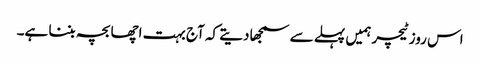
اس روز ٹیچر ہمیں پہلے سے سمجھا دیتے کہ آج بہت اچھا بچہ بننا ہے۔